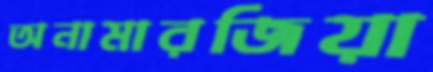
অনামারজিয়া